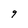
Character: 9